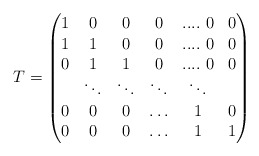
\begin{align*}T=\begin{pmatrix} 1 & 0& 0& 0 & .... \ 0 & 0\\ 1 & 1 & 0& 0 & .... \ 0& 0 \\ 0 & 1 & 1 & 0 & ....\ 0& 0\\ &\ddots & \ddots & \ddots &\ddots& \\ 0 &0 & 0 & \ldots & 1&0\\ 0 & 0 & 0 & \ldots & 1& 1 \end{pmatrix}\end{align*}